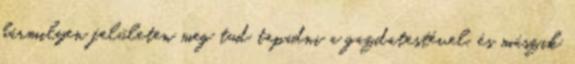
bármilyen felületen meg tud tapadni a gazdatestével, és mászik